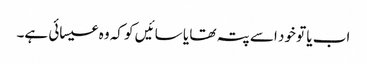
اب یا تو خود اسے پتہ تھا یا سائیں کو کہ وہ عیسائی ہے۔